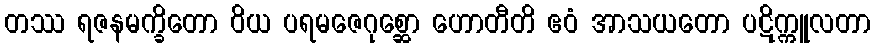
တဿ ရဇနမက္ခိတော ဝိယ ပရမဇေဂုစ္ဆော ဟောတီတိ ဧဝံ အာသယတော ပဋိက္ကူလတာ